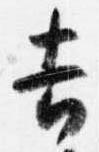
吉